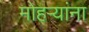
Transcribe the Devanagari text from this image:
मोहऱ्यांना